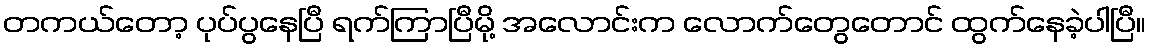
တကယ်တော့ ပုပ်ပွနေပြီ ရက်ကြာပြီမို့ အလောင်းက လောက်တွေတောင် ထွက်နေခဲ့ပါပြီ။